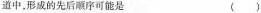
道中，形成的先后顺序可能是 ( )